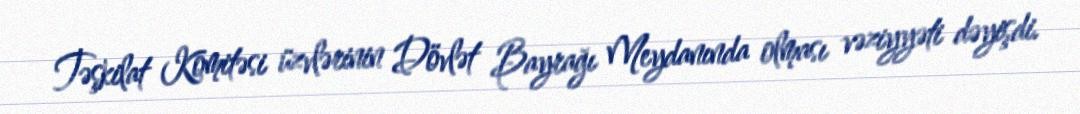
Təşkilat Komitəsi üzvlərinin Dövlət Bayrağı Meydanında olması vəziyyəti dəyişdi.